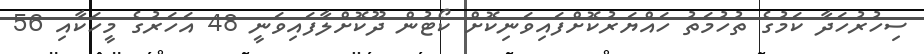
ސިހުރުހަދާ ކަމުގެ ތުހުމަތު ހައްޔަރުކޮށްފައިވަނިކޮށް ކޯޓުން ދޫކޮށްލާފައިވަނީ 48 އަހަރުގެ މީހަކާއި 56